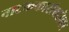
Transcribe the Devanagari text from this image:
नाटककारांबरोबर